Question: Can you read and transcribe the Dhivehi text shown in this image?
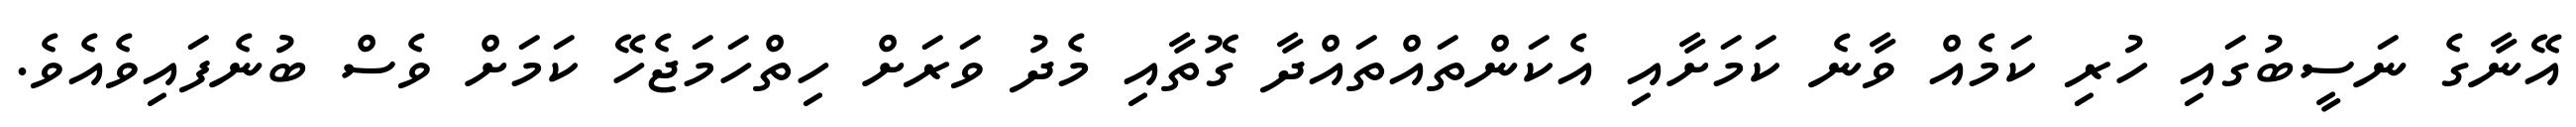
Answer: އޭނާގެ ނަސީބުގައި ހުރި ކަމެއް ވާނެ ކަމަށާއި އެކަންތައްތައްދާ ގޮތާއި މެދު ވަރަށް ހިތްހަމަޖެހޭ ކަމަށް ވެސް ބުނެފައިވެއެވެ.